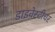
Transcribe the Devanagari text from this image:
डाइवेस्टीचर